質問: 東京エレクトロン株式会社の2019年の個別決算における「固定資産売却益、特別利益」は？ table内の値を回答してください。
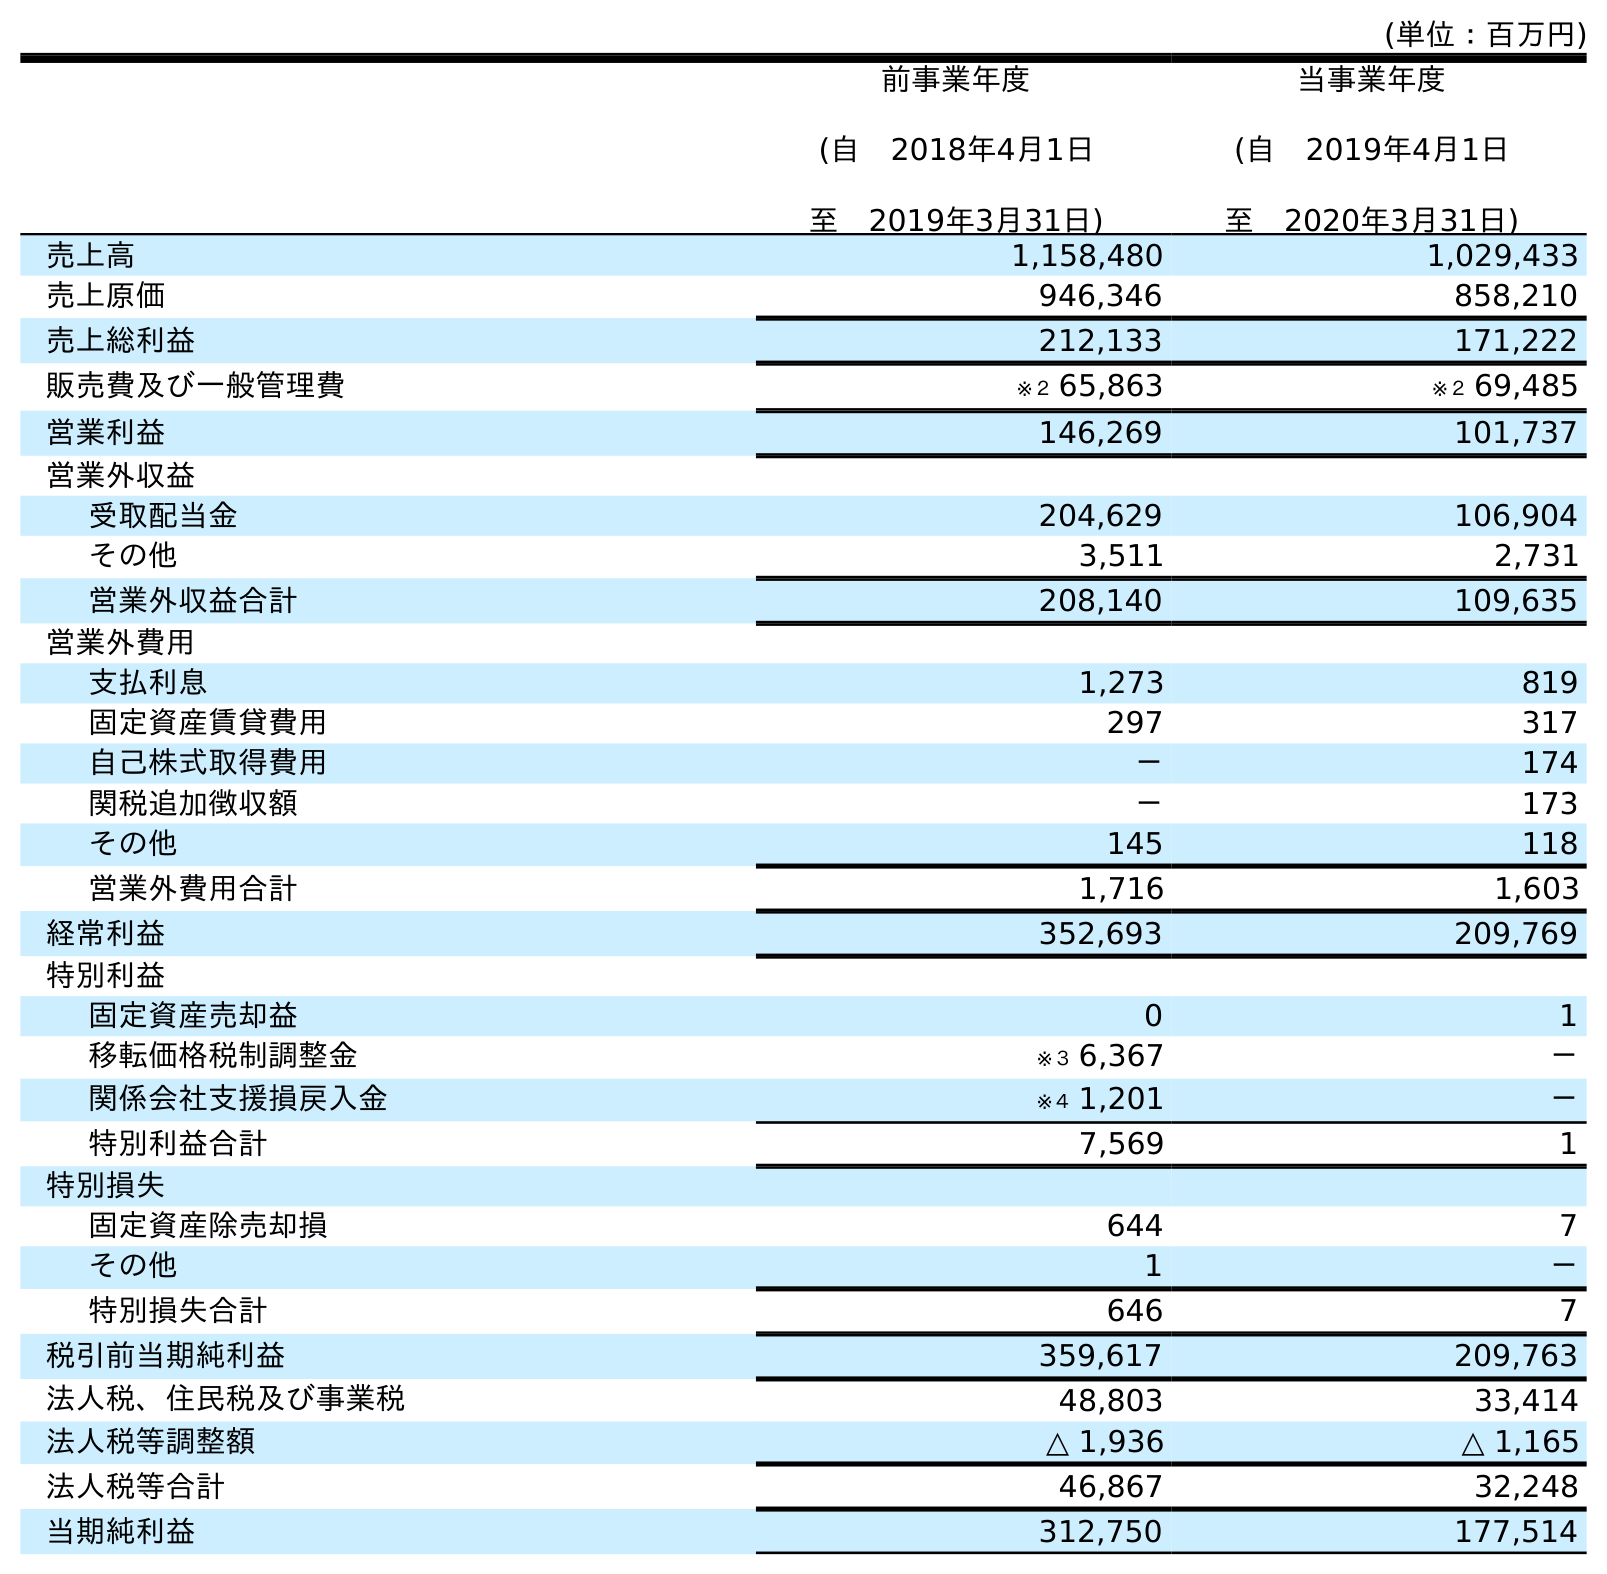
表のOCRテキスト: (単位：百万円) 前事業年度 (自 2018年4月1日 至 2019年3月31日) 当事業年度 (自 2019年4月1日 至 2020年3月31日) 売上高 1,158,480 1,029,433 売上原価 946,346 858,210 売上総利益 212,133 171,222 販売費及び一般管理費 ※２ 65,863 ※２ 69,485 営業利益 146,269 101,737 営業外収益 受取配当金 204,629 106,904 その他 3,511 2,731 営業外収益合計 208,140 109,635 営業外費用 支払利息 1,273 819 固定資産賃貸費用 297 317 自己株式取得費用 － 174 関税追加徴収額 － 173 その他 145 118 営業外費用合計 1,716 1,603 経常利益 352,693 209,769 特別利益 固定資産売却益 0 1 移転価格税制調整金 ※３ 6,367 － 関係会社支援損戻入金 ※４ 1,201 － 特別利益合計 7,569 1 特別損失 固定資産除売却損 644 7 その他 1 － 特別損失合計 646 7 税引前当期純利益 359,617 209,763 法人税、住民税及び事業税 48,803 33,414 法人税等調整額 △ 1,936 △ 1,165 法人税等合計 46,867 32,248 当期純利益 312,750 177,514
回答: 0